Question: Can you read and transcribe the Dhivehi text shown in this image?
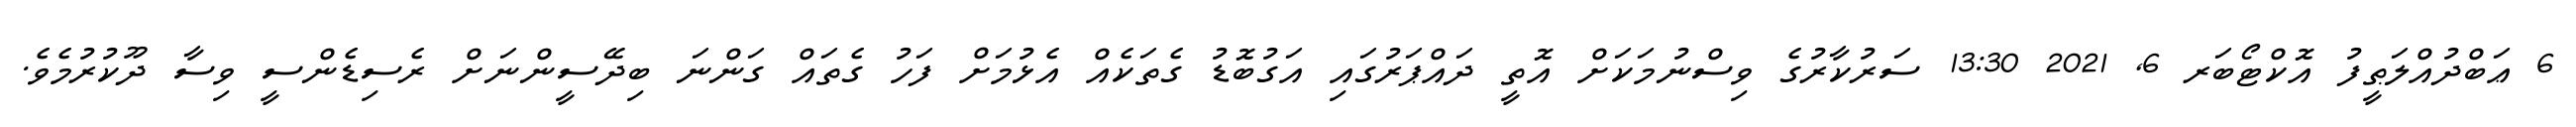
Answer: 6 ޢަބްދުއްލަޠީފު އޮކްޓޯބަރ 6, 2021 13:30 ސަރުކާރުގެ ވިސްނުމަކަށް އޮތީ ދައްޕަރުގައި އަގުބޮޑު ގެތަކެއް އެޅުމަށް ފަހު ގެތައް ގަންނަ ބިދޭސީންނަށް ރެސިޑެންސީ ވިސާ ދޫކުރުމެވެ.